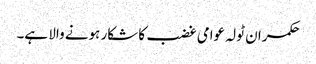
حکمران ٹولہ عوامی غضب کا شکار ہونے والا ہے۔